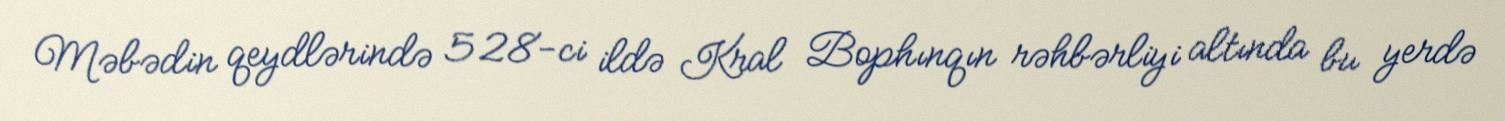
Məbədin qeydlərində 528-ci ildə Kral Bophınqın rəhbərliyi altında bu yerdə